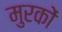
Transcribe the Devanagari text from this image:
मुरकों